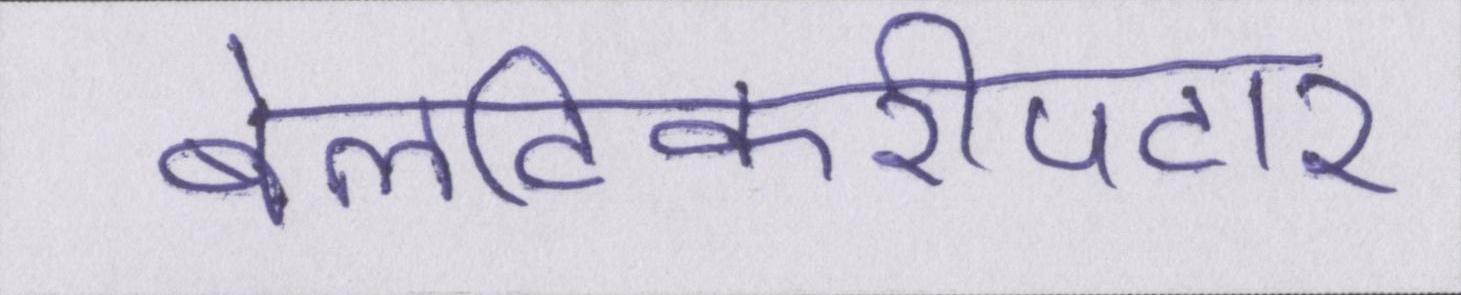
बेलटिकरीपटार